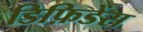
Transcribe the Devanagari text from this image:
डिफ़िडेंस